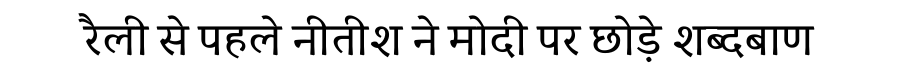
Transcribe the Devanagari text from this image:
रैली से पहले नीतीश ने मोदी पर छोड़े शब्दबाण